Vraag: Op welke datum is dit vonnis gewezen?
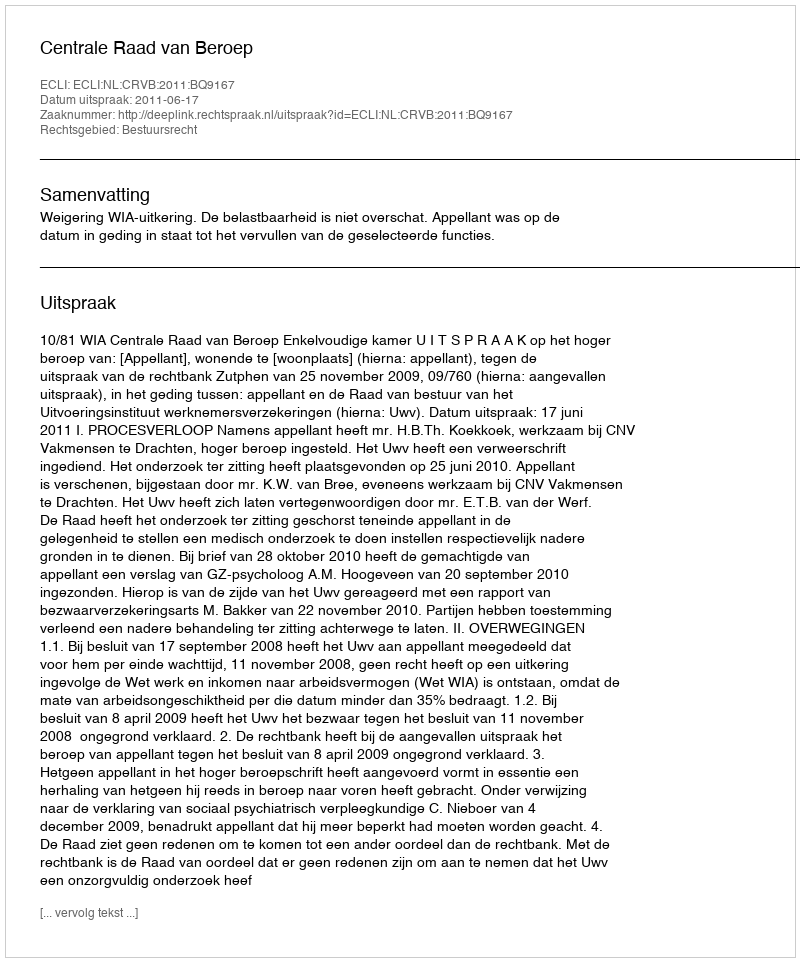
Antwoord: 2011-06-17